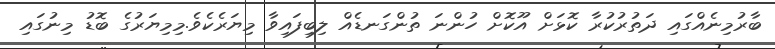
ބާރުމިނެއްގައި ދަތުރުކުރާ ކޮޅަށް އޫކޮށް ހުންނަ ތުންގަނޑެއް ލިބިފައިވާ މިޔަރެކެވެ.މިމިޔަރުގެ ބޮޑު މިނުގައި